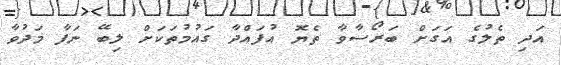
އަދި ތެލުގެ އަގަށް ބަރޯސާވާ ތެޔޮ އުފައްދާ ގައުމުތަކަށް ލިބޭ ނަފާ މަދުވާ